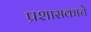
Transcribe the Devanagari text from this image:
प्रशासकाचे